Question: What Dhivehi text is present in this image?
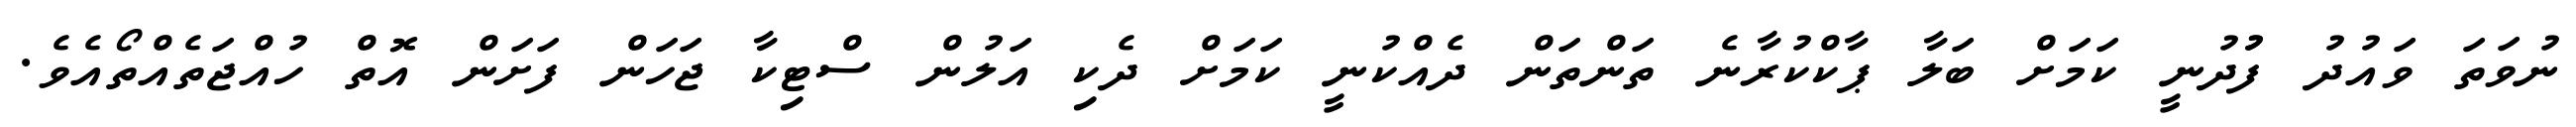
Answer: ނުވަތަ ވައުދު ފުުދުނީ ކަމަށް ބަލާ ޕާކްކުރާނެ ތަންތަން ދެއްކުނީ ކަމަށް ދެކި އަލުން ސްޓިކާ ޖަހަން ފަށަން އޮތް ހުއްޖަތެއްތޯއެވެ.